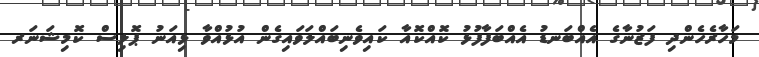
މަހާރެހެންދި ފަޒުނާގެ އެއްބަނޑު އެއްބަފާފުޅު ކޮއްކޮއާ ކައިވެނިބައްލަވައިގެން އުޅުއްވާ ޅިއަނު ޕޮލިސް ކޮމިޝަނަރ